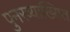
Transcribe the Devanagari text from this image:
पुनरव्याख्यित